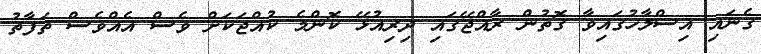
ގެނައި އިސްލާހުގައިވާ ގޮތުން ރާއްޖޭގައި ދިރިއުޅޭ ކޮންމެ ކުއްޖަކަށް ވެސް އެއްވެސް ތަފާތު